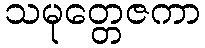
သမုတ္တေဇကာ